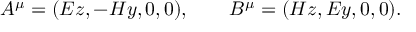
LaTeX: A ^ { \mu } = ( E z , - H y , 0 , 0 ) , \qquad B ^ { \mu } = ( H z , E y , 0 , 0 ) .